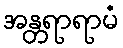
အန္တရာရာမံ